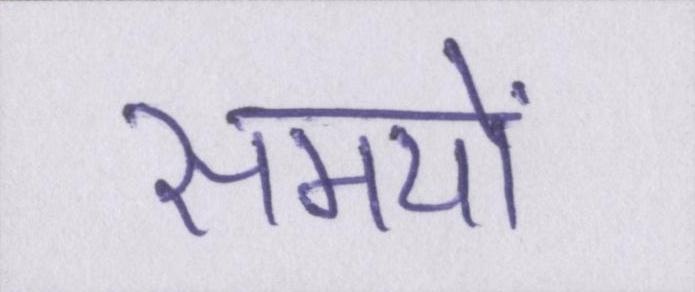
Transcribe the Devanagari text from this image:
समयों